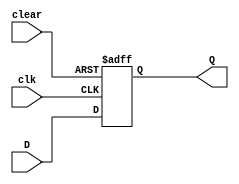
`timescale 1ns / 1ps

// Design Name: EXAMPLE (2) --->> Write Verilog code for a flip-flop with a negative-edge clock and asynchronous clear

module Example2(Q, D, clk, clear);
output Q;
input D, clk, clear;       
reg Q;
always@(negedge clk or posedge clear)   

begin
if(clear)
Q <= 1'b0;
else
Q <= D;   
   
end
endmodule